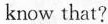
know that?